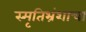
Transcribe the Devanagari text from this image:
स्मृतिभ्रंशाचा